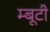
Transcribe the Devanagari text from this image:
म्बूटी